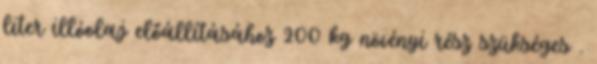
liter illóolaj előállításához 200 kg növényi rész szükséges .